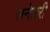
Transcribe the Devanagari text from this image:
सनेहरी